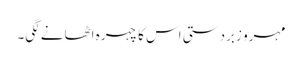
مہرو زبردستی اس کا چہرہ اٹھانے لگی۔